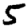
Digit: 5